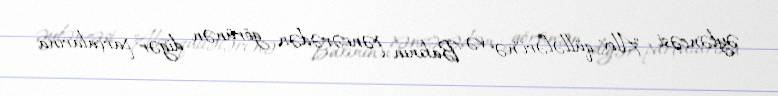
əyləncəsi "Alov qüllələri"nə və Bakının pəncərədən görünən digər parçalarına